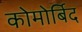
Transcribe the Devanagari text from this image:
कोमोर्बिद